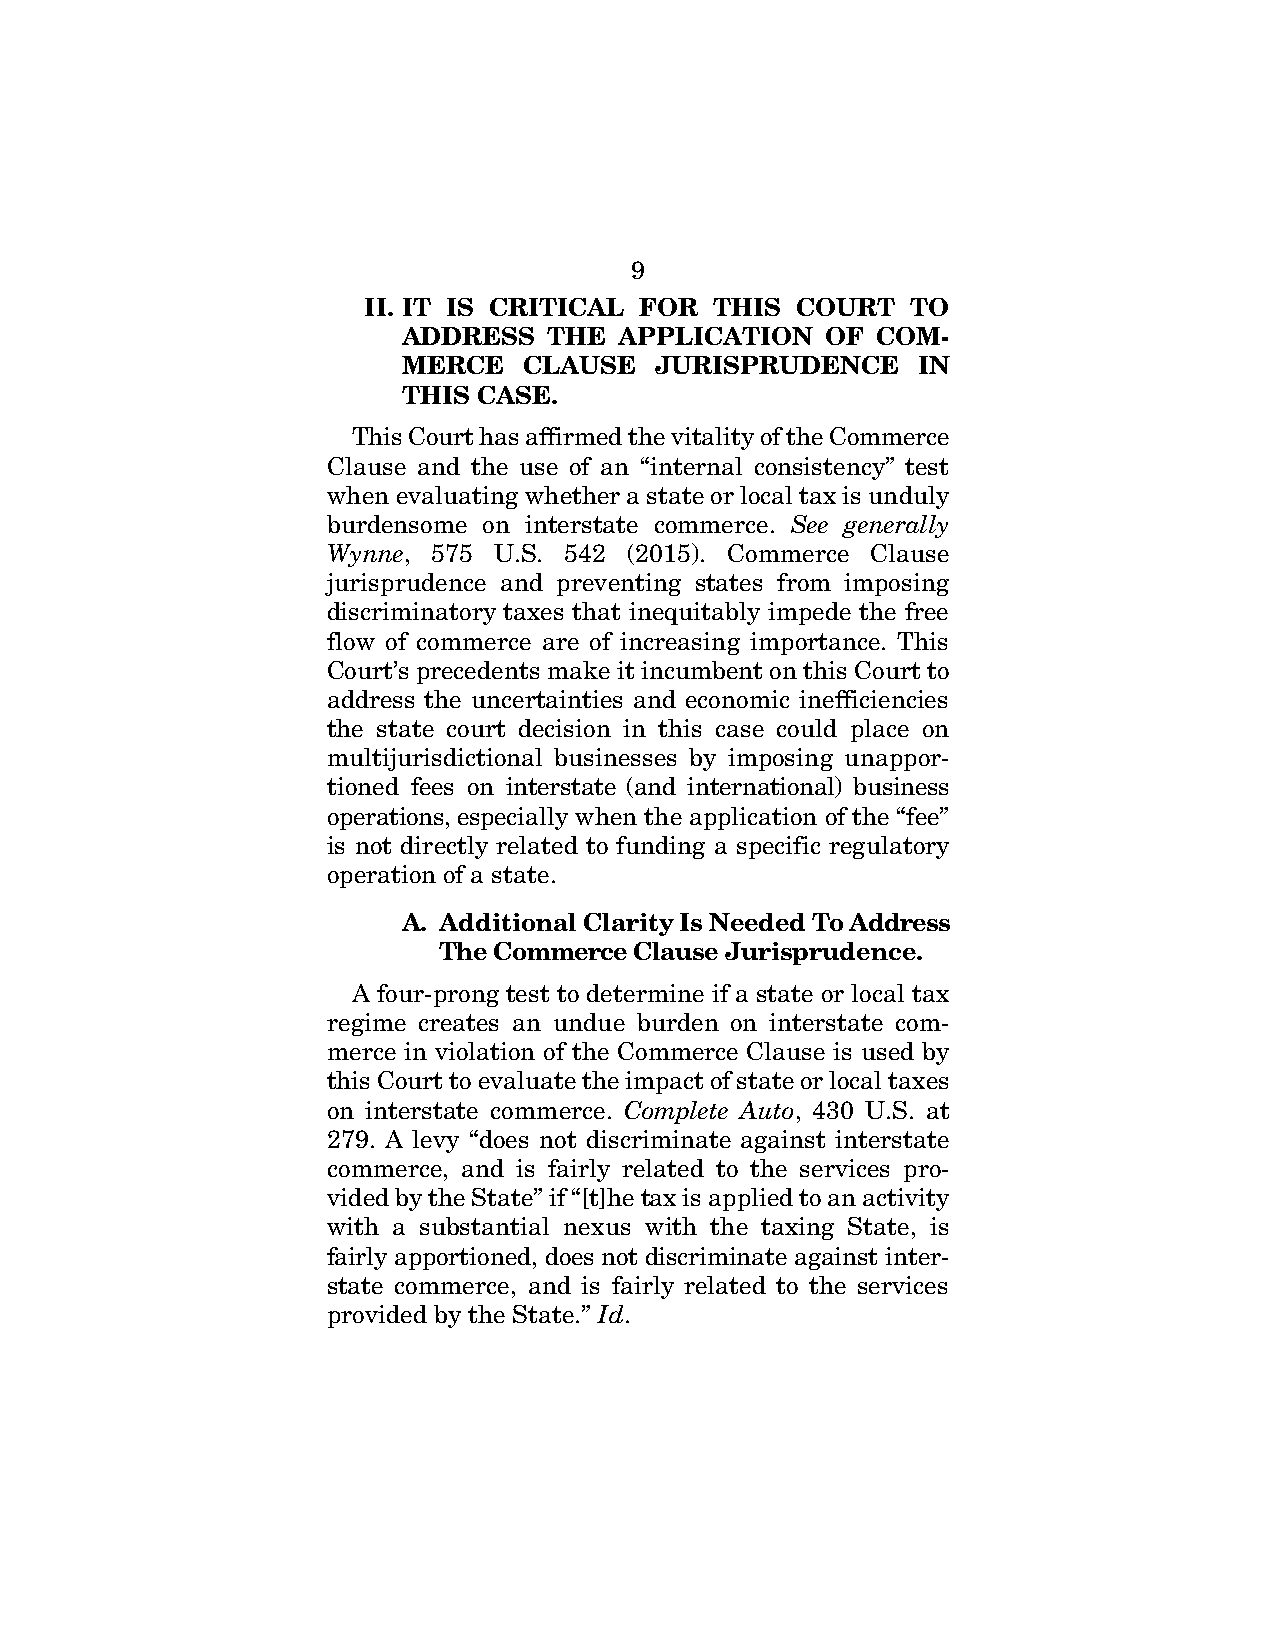
9
 II. IT IS CRITICAL FOR THIS  COURT  TO
 ADDRESS  THE  APPLICATION   OF COM-
 MERCE   CLAUSE  JURISPRUDENCE     IN
 THIS CASE.
 This Court has affirmed the vitality of the Commerce
 Clause and the use of an “internal consistency” test
 when evaluating whether a state or local tax is unduly
 burdensome on interstate commerce. See generally
 Wynne, 575 U.S. 542 (2015). Commerce Clause
 jurisprudence and preventing states from imposing
 discriminatory taxes that inequitably impede the free
 flow of commerce are of increasing importance. This
 Court’s precedents make it incumbent on this Court to
 address the uncertainties and economic inefficiencies
 the state court decision in this case could place on
 multijurisdictional businesses by imposing unappor-
 tioned fees on interstate (and international) business
 operations, especially when the application of the “fee”
 is not directly related to funding a specific regulatory
 operation of a state.
 A. Additional Clarity Is Needed To Address
 The Commerce Clause Jurisprudence.
 A four-prong test to determine if a state or local tax
 regime creates an undue burden on interstate com-
 merce in violation of the Commerce Clause is used by
 this Court to evaluate the impact of state or local taxes
 on interstate commerce. Complete Auto, 430 U.S. at
 279. A levy “does not discriminate against interstate
 commerce, and is fairly related to the services pro-
 vided by the State” if “[t]he tax is applied to an activity
 with a substantial nexus with the taxing State, is
 fairly apportioned, does not discriminate against inter-
 state commerce, and is fairly related to the services
 provided by the State.” Id.